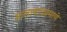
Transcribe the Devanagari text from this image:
सालाबादप्रमाणे